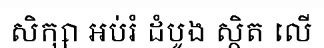
សិក្សា អប់រំ ដំបូង ស្ថិត លើ